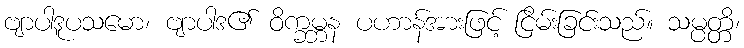
ဗျာပါဒူပသမော၊ ဗျာပါဒ၏ ဝိက္ခမ္ဘန ပဟာန်အားဖြင့် ငြိမ်းခြင်းသည်။ သမ္ပတ္တိ၊